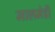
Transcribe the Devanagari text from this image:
मालमेडी